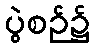
ပွဲစဉ်၌